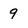
Character: 9